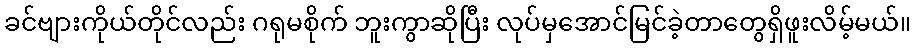
ခင်ဗျားကိုယ်တိုင်လည်း ဂရုမစိုက် ဘူးကွာဆိုပြီး လုပ်မှအောင်မြင်ခဲ့တာတွေရှိဖူးလိမ့်မယ်။